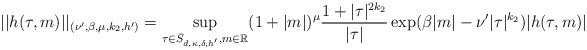
\begin{align*}||h(\tau,m)||_{(\nu',\beta,\mu,k_{2},h')} =\sup_{\tau \in \bar{S}_{d,\kappa,\delta,h'}, m \in \mathbb{R}} (1+|m|)^{\mu}\frac{1 + |\tau|^{2k_{2}}}{|\tau|} \exp( \beta|m| - \nu'|\tau|^{k_2} ) |h(\tau,m)|\end{align*}